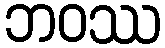
ဘဝဿ